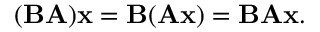
( \mathbf { B A } ) \mathbf { x } = \mathbf { B } ( \mathbf { A x } ) = \mathbf { B A x } .